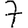
Digit: 7